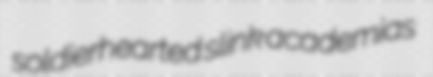
soldierhearted slink academias